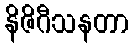
နိဇိဂီသနတာ